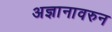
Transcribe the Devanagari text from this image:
अज्ञानावरुन